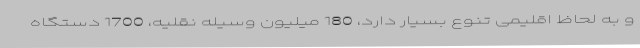
و به لحاظ اقلیمی تنوع بسیار دارد، 180 میلیون وسیله نقلیه، 1700 دستگاه